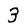
Digit: 3